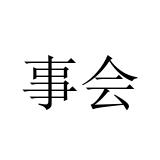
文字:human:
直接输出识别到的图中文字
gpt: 事会